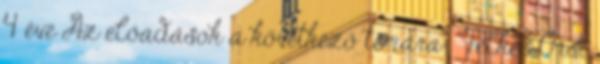
4 éve Az előadások a következő témára: "Telkes Orsi